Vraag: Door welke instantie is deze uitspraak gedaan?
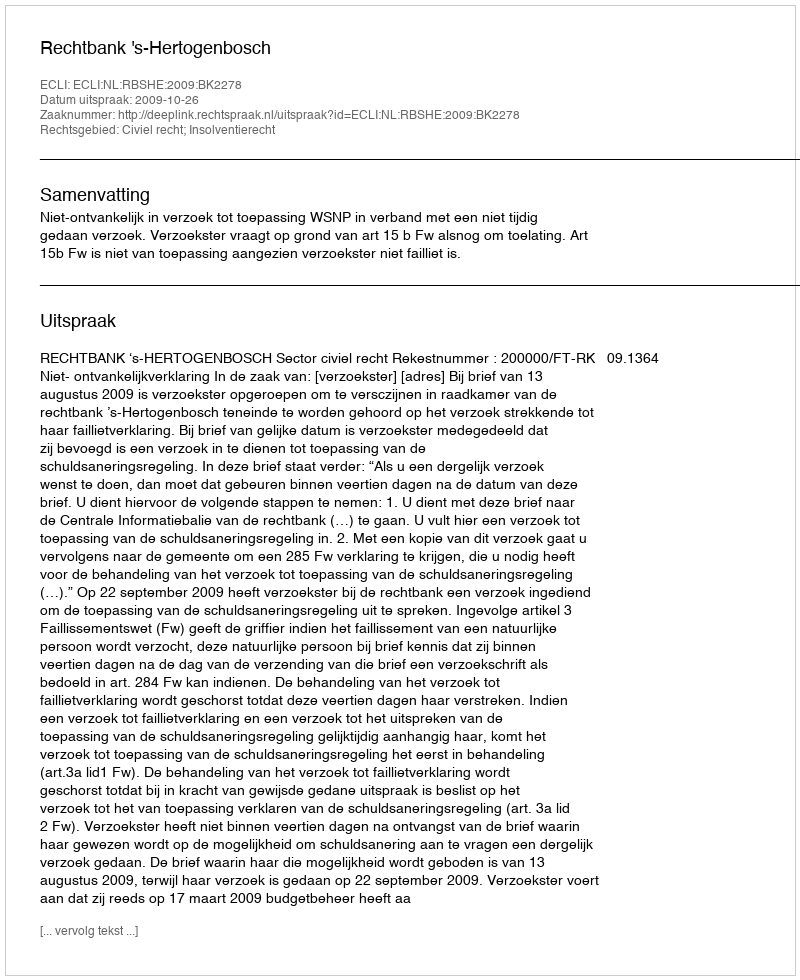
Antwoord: Rechtbank 's-Hertogenbosch